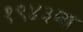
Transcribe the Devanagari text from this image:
१९४३चा